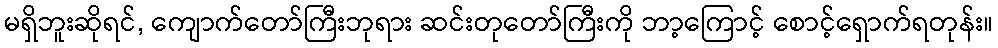
မရှိဘူးဆိုရင်, ကျောက်တော်ကြီးဘုရား ဆင်းတုတော်ကြီးကို ဘာ့ကြောင့် စောင့်ရှောက်ရတုန်း။